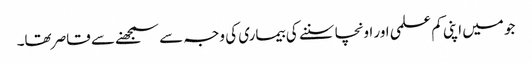
جو میں اپنی کم علمی اور اونچا سننے کی بیماری کی وجہ سے سمجھنے سے قاصر تھا۔